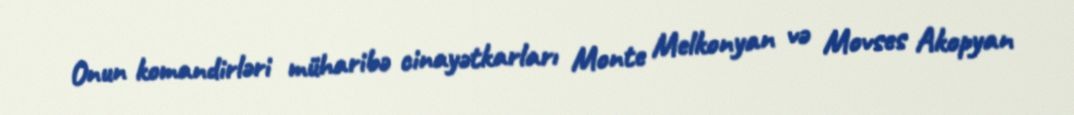
Onun komandirləri müharibə cinayətkarları Monte Melkonyan və Movses Akopyan